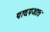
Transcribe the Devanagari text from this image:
पादपजात